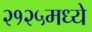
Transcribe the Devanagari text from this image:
२१२५मध्ये